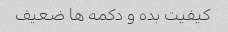
کیفیت بده و دکمه ها ضعیف